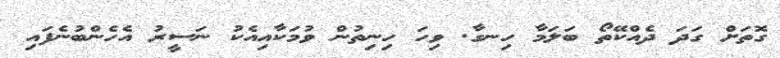
ގޮތަށް ގަދަ ދެއްކޭތޯ ބަލަމާ ހިނގާ. ވިހަ ހިނިތުން ވުމަކާއިއެެކު ނަސީރު އެހެންބުނެފައި